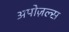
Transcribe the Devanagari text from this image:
अपोज़ल्स